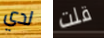
لدي قلت